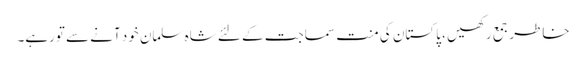
خاطر جمع رکھیں ، پاکستان کی منت سماجت کے لئے شاہ سلمان خود آنے سے تورہے۔